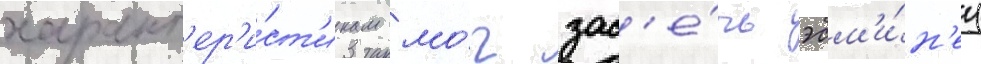
характ'ер'и́ст'икам мо́г зас'е́чь эсм'и́н'ец